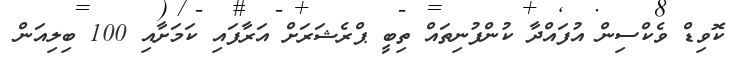
ކޮވިޑް ވެކްސިން އުފައްދާ ކުންފުނިތައް ތިބީ ޕްރެޝަރަށް އަރާފައި ކަމަށާއި 100 ބިލިއަން